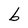
Character: b